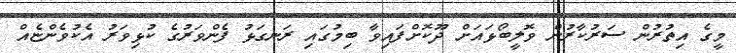
މީގެ އިތުރުން ސަރުކާރުން ވޮލީބޯޅައަށް ދޫކޮށްފައިވާ ބިމުގައި ރަނގަޅު ފެންވަރުގެ ކުޅިވަރު އެކުވެންޏެއް